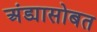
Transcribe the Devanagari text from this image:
अंड्यासोबत